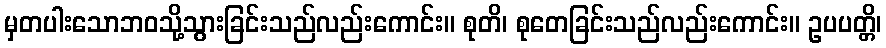
မှတပါးသောဘဝသို့သွားခြင်းသည်လည်းကောင်း။ စုတိ၊ စုတေခြင်းသည်လည်းကောင်း။ ဥပပတ္တိ၊